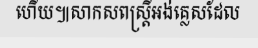
ហើយ៕សាកសពស្ត្រីអង់គ្លេសដែល